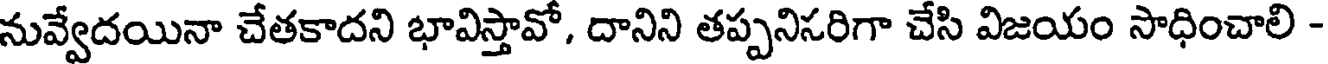
నువ్వేదయినా చేతకాదని భావిస్తావో, దానిని తప్పనిసరిగా చేసి విజయం సాధించాలి -